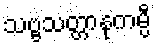
သဗ္ဗသတ္တာနုကမ္ပီ